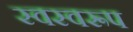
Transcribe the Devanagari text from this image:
स्वस्वरूप